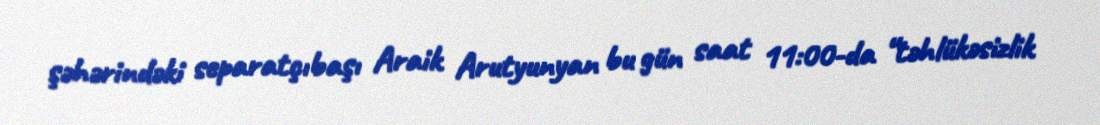
şəhərindəki separatçıbaşı Araik Arutyunyan bu gün saat 11:00-da “təhlükəsizlik